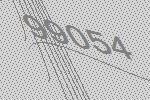
99054